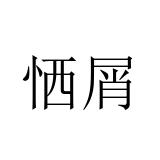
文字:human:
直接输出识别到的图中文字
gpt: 恓屑